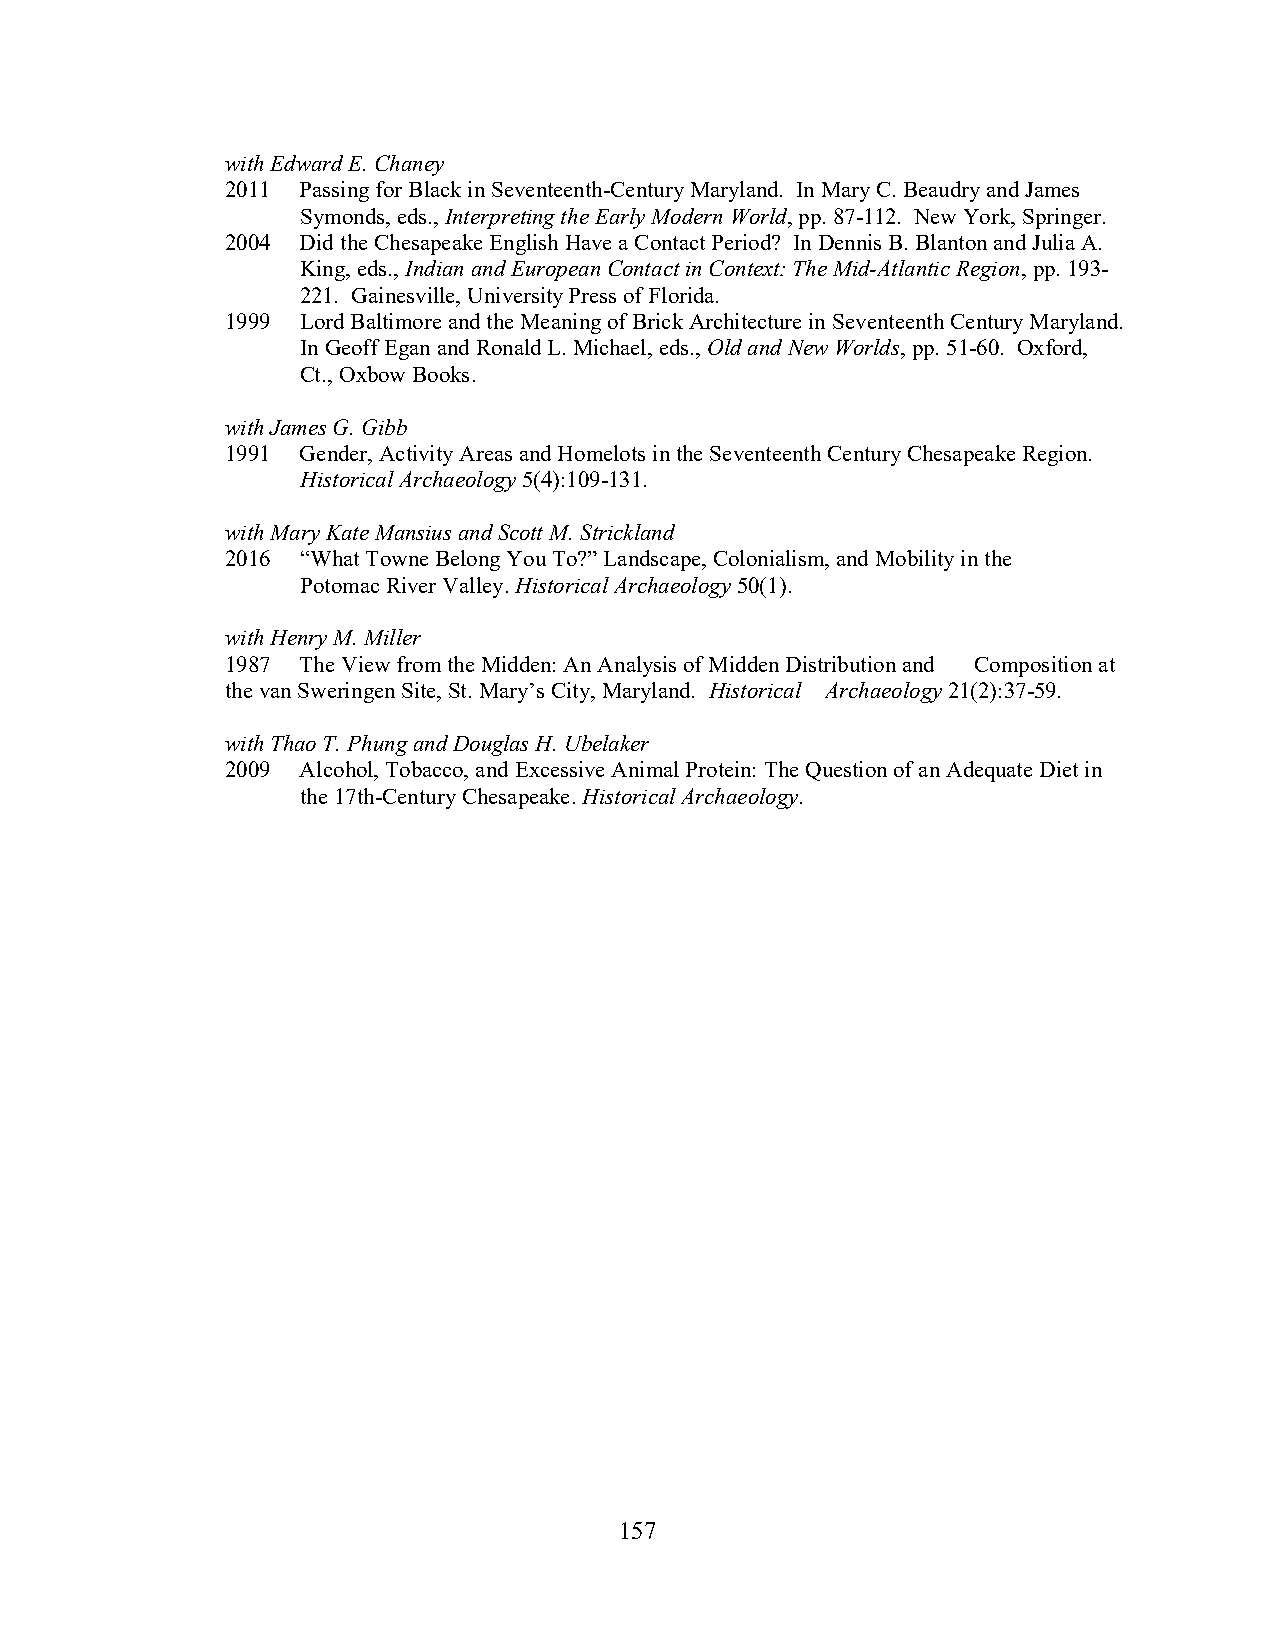
with Edward E. Chaney
 2011 Passing for Black in Seventeenth-Century Maryland. In Mary C. Beaudry and James
 Symonds, eds., Interpreting the Early Modern World, pp. 87-112. New York, Springer.
 2004 Did the Chesapeake English Have a Contact Period? In Dennis B. Blanton and Julia A.
 King, eds., Indian and European Contact in Context: The Mid-Atlantic Region, pp. 193-
 221. Gainesville, University Press of Florida.
 1999 Lord Baltimore and the Meaning of Brick Architecture in Seventeenth Century Maryland.
 In Geoff Egan and Ronald L. Michael, eds., Old and New Worlds, pp. 51-60. Oxford,
 Ct., Oxbow Books.
 with James G. Gibb
 1991 Gender, Activity Areas and Homelots in the Seventeenth Century Chesapeake Region.
 Historical Archaeology 5(4):109-131.
 with Mary Kate Mansius and Scott M. Strickland
 2016 “What Towne Belong You To?” Landscape, Colonialism, and Mobility in the
 Potomac River Valley. Historical Archaeology 50(1).
 with Henry M. Miller
 1987 The View from the Midden: An Analysis of Midden Distribution and Composition at
 the van Sweringen Site, St. Mary’s City, Maryland. Historical Archaeology 21(2):37-59.
 with Thao T. Phung and Douglas H. Ubelaker
 2009 Alcohol, Tobacco, and Excessive Animal Protein: The Question of an Adequate Diet in
 the 17th-Century Chesapeake. Historical Archaeology.
 157